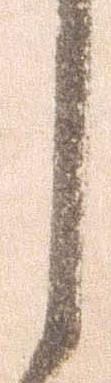
し